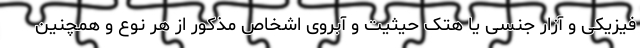
فیزیکی و آزار جنسی یا هتک حیثیت و آبروی اشخاص مذکور از هر نوع و همچنین